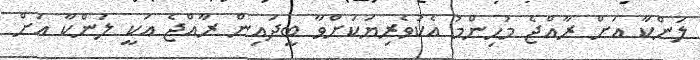
ލަންކާ އަށް ރާއްޖެ މުހިންމު އެކުވެރިޔަކަށްވާ ބީދައިން ރާއްޖެ އަކީ ލަންކާ އަށް